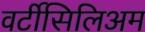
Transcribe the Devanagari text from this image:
वर्टीसिलिअम